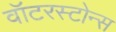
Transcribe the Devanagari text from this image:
वॉटरस्टोन्स